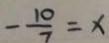
- \frac { 1 0 } { 7 } = x